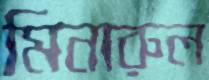
মিনারুল